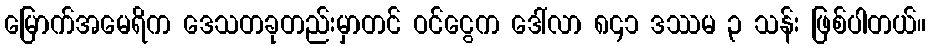
မြောက်အမေရိက ဒေသတခုတည်းမှာတင် ဝင်ငွေက ဒေါ်လာ ၈၄၁ ဒဿမ ၃ သန်း ဖြစ်ပါတယ်။